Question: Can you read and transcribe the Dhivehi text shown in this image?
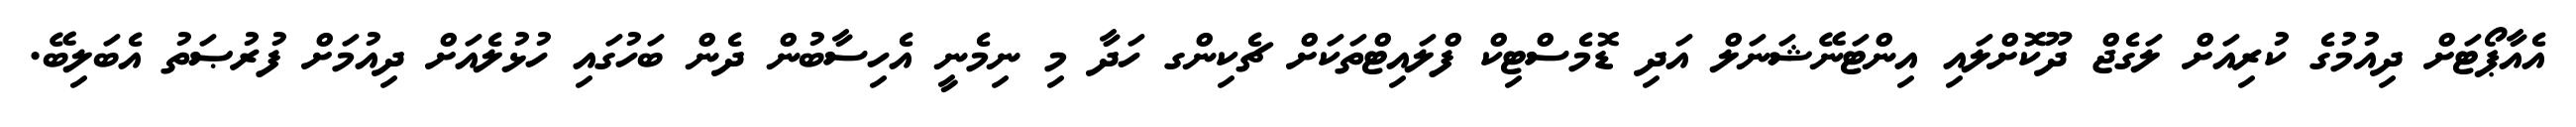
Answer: އެއާޕޯޓަށް ދިއުމުގެ ކުރިއަށް ލަގެޖް ދޫކޮށްލައި އިންޓަނޭޝަނަލް އަދި ޑޮމެސްޓިކް ފްލައިޓްތަކަށް ޗެކިންގ ހަދާ މި ނިމެނީ އެހިސާބުން ދެން ބަހުގައި ހުޅުލެއަށް ދިއުމަށް ފުރުޞަތު އެބަލިބޭ.